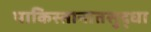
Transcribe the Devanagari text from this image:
पाकिस्तानातसुद्धा